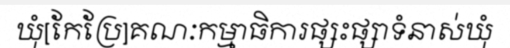
ឃុំ[កែប្រែ]គណៈកម្មាធិការផ្សះផ្សាទំនាស់ឃុំ